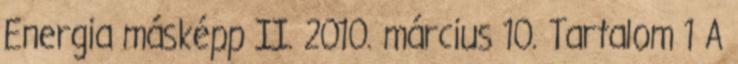
Energia másképp II. 2010. március 10. Tartalom 1 A